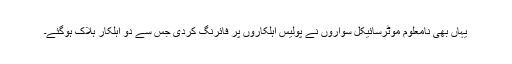
یہاں بھی نامعلوم موٹرسائیکل سواروں نے پولیس اہلکاروں پر فائرنگ کردی جس سے دو اہلکار ہلاک ہوگئے۔